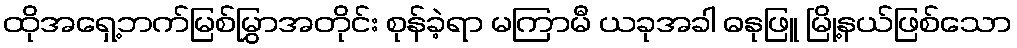
ထိုအရှေ့ဘက်မြစ်မြွှာအတိုင်း စုန်ခဲ့ရာ မကြာမီ ယခုအခါ ဓနုဖြူ မြို့နယ်ဖြစ်သော